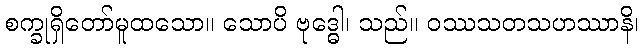
စက္ခုရှိတော်မူထသော။ သောပိ ဗုဒ္ဓေါ၊ သည်။ ဝဿသတသဟဿာနိ၊